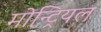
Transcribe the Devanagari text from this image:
मोन्ट्रियल